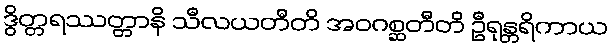
ဒွိတ္တရဿတ္တာနိ သီလယတီတိ အဝဂစ္ဆတီတိ ဦရုန္တရိကာယ